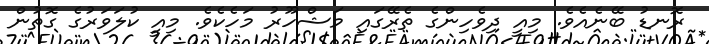
ރޮނޑު ބޭނެއެވެ. މިއީ ދިވެހިންގެ ތެރޭގައި މަޝްހޫރު މަހެކެވެ. މިއީ ކުލަވަރުގެ ގޮތުން